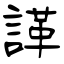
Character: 諽